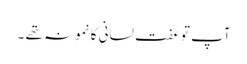
آپ توعفت لسانی کا نمونہ تھے ۔